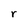
Character: r